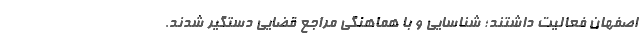
اصفهان فعالیت داشتند؛ شناسایی و با هماهنگی مراجع قضایی دستگیر شدند.